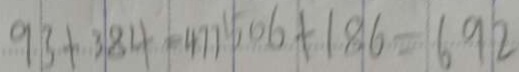
9 3 + 3 8 4 = 4 7 7 5 0 6 + 1 8 6 = 6 9 2